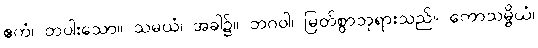
ဧကံ၊ တပါးသော။ သမယံ၊ အခါ၌။ ဘဂဝါ၊ မြတ်စွာဘုရားသည်။ ကောသမ္ဗိယံ၊